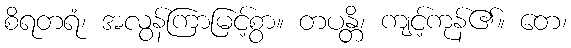
စိရတရံ၊ အလွန်ကြာမြင့်စွာ။ တပန္တိ၊ ကျင့်ကုန်၏။ တေ၊